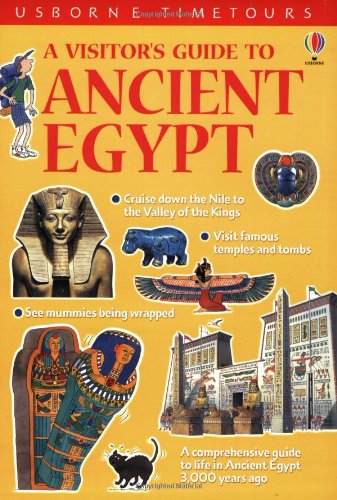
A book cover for A Visitor's Guide to Ancient Egypt (Time Tours (Usborne)); Lesley Sims; Teen & Young Adult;